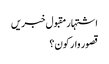
اشتہار	مقبول خبریں
قصور وار کون؟